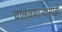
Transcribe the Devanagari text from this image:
चालवणाऱ्यासाठी